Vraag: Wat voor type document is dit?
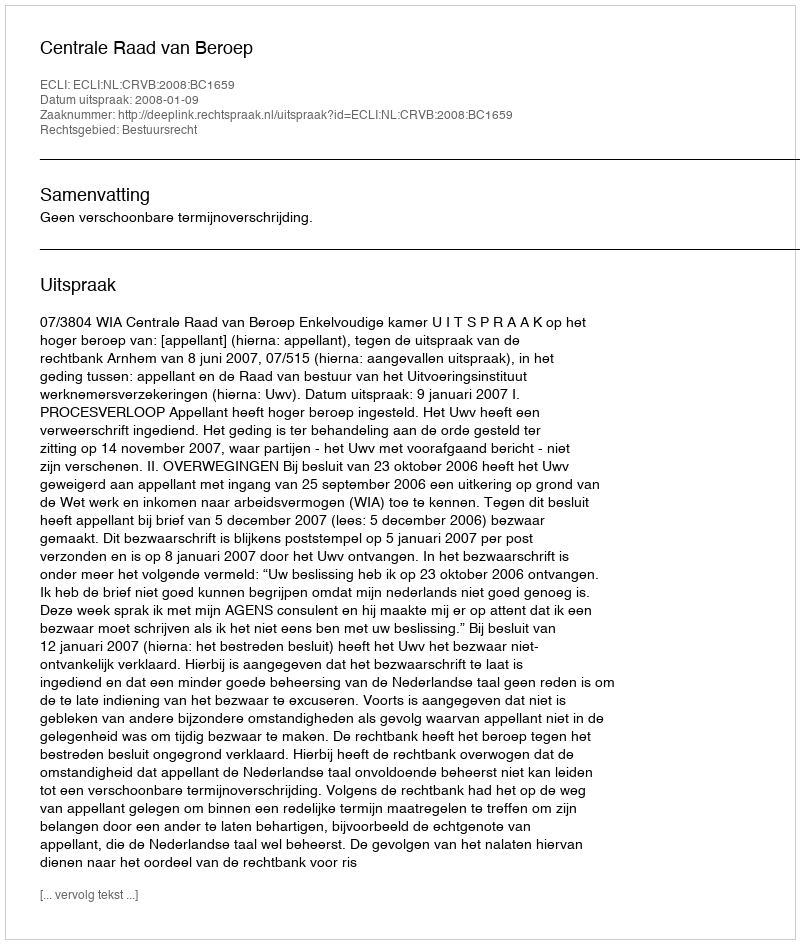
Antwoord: Uitspraak